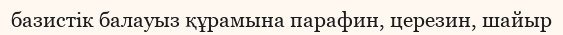
базистік балауыз құрамына парафин, церезин, шайыр